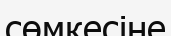
сөмкесіне